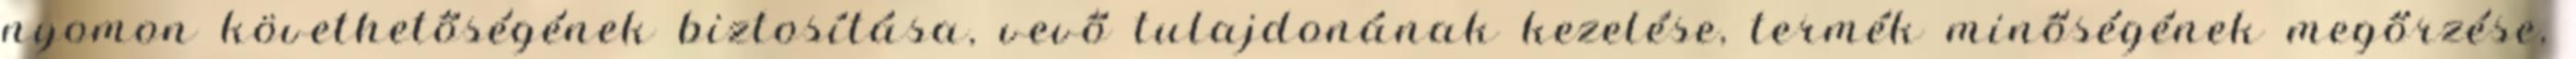
nyomon követhetőségének biztosítása, vevő tulajdonának kezelése, termék minőségének megőrzése,